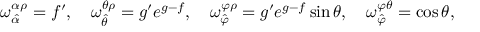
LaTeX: \omega _ { \hat { \alpha } } ^ { \alpha \rho } = f ^ { \prime } , \quad \omega _ { \hat { \theta } } ^ { \theta \rho } = g ^ { \prime } e ^ { g - f } , \quad \omega _ { \hat { \varphi } } ^ { \varphi \rho } = g ^ { \prime } e ^ { g - f } \sin \theta , \quad \omega _ { \hat { \varphi } } ^ { \varphi \theta } = \cos \theta ,